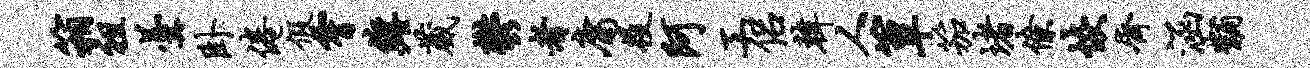
箱祖羹卧倦假霄缠葳郁者庸役阿工侣韩人簟笳堵僚恢齐涵黼